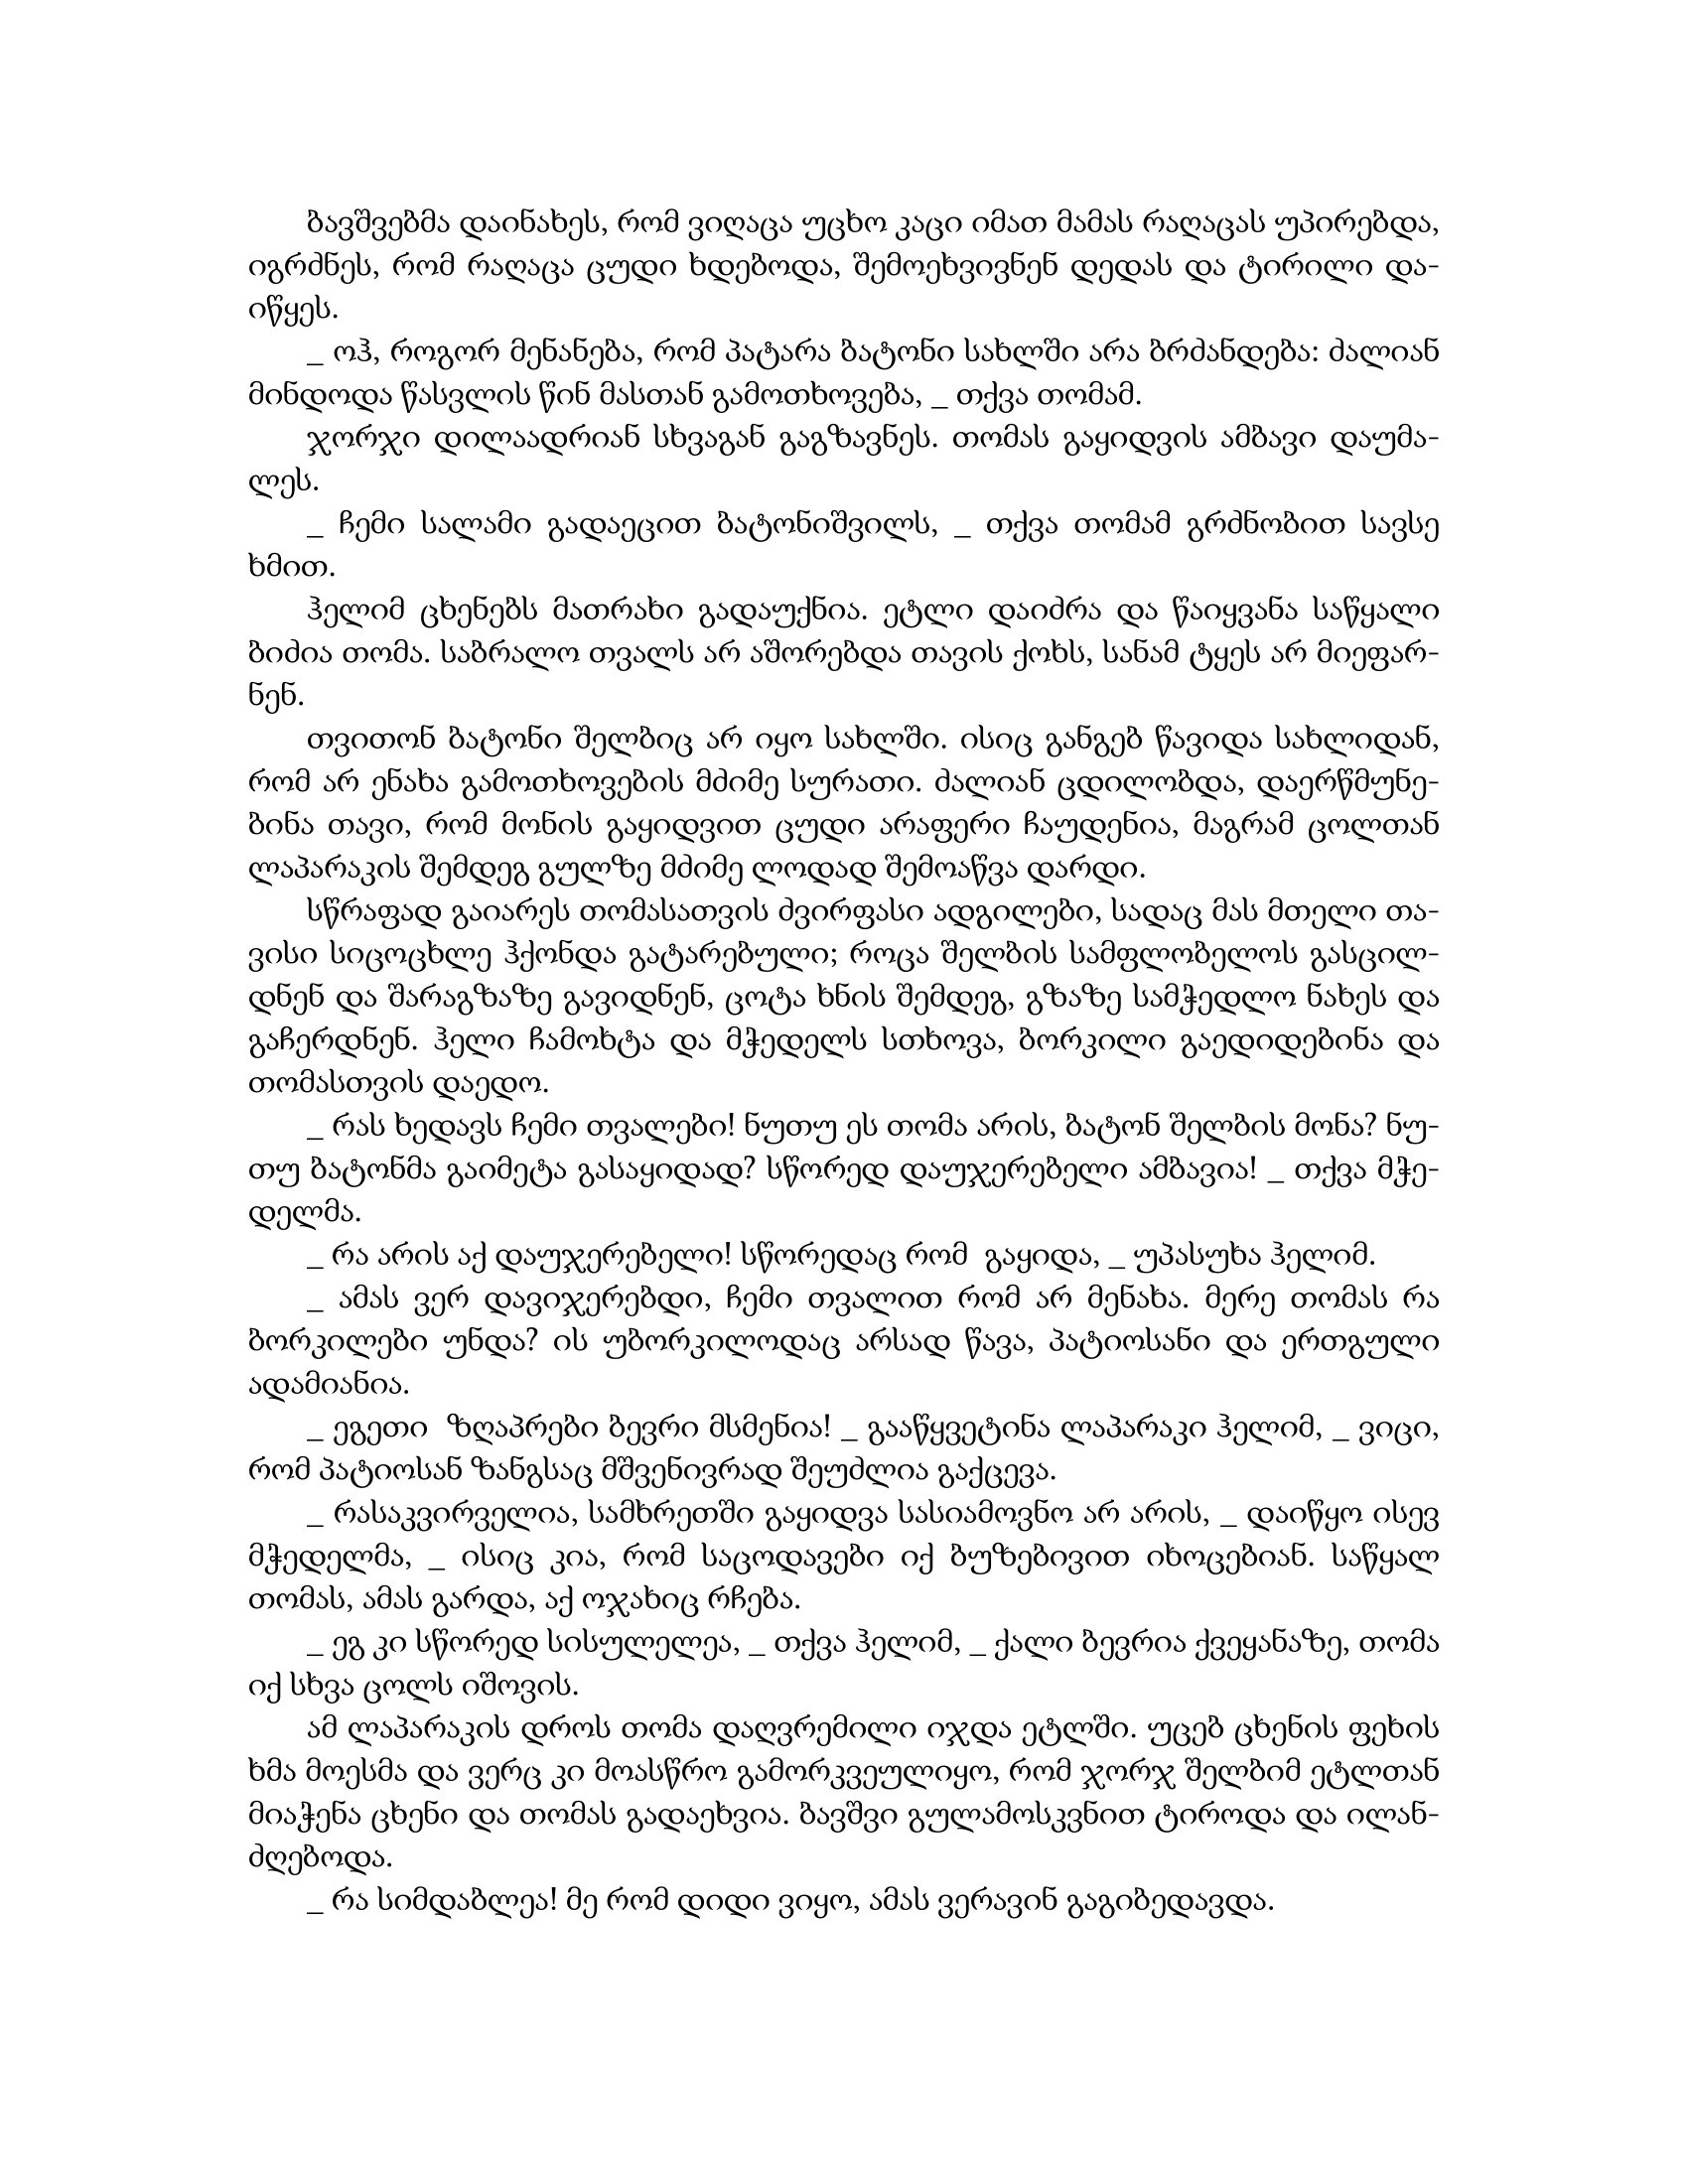
Language: gr